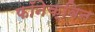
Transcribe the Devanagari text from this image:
फॉनेक्विन